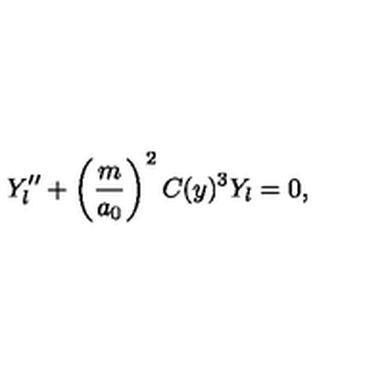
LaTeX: Y _ { l } ^ { \prime \prime } + \left( \frac { m } { a _ { 0 } } \right) ^ { 2 } C ( y ) ^ { 3 } Y _ { l } = 0 ,